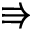
\Rrightarrow